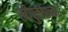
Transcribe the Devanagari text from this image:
स्त्रीपुरुषांच्या